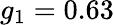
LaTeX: g_{1}=0.63